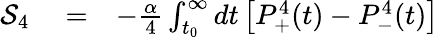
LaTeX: \begin{array}{rlr}{{\cal S}_{4}}&{{}=}&{-\frac{\alpha}{4}\int_{t_{0}}^{\infty}dt\left[P_{+}^{4}(t)-P_{-}^{4}(t)\right]}\end{array}